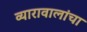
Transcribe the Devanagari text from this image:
व्यारावालांचा